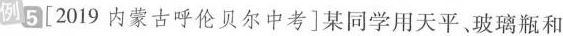
例5[2019内蒙古呼伦贝尔中考]某同学用天平、玻璃瓶和